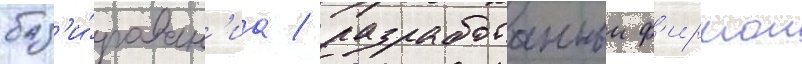
баз'и́рован'иа / разработанныи ф'ирмои